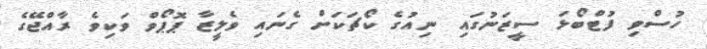
ހުސްވި ފުޓްބޯޅަ ސީޒަނުގައި ނިއުގެ ކޯޗަކަށް ގެނައި ވެލީޒާ ޕޮޕޯވް ވަކިވެ ރާއްޖޭގެ